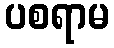
ပစရာမ